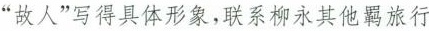
”故人”写得具体形象，联系柳永其他羁旅行